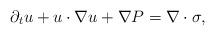
LaTeX: \begin{align*}\partial_t u+u\cdot\nabla u+\nabla P=\nabla\cdot\sigma,\end{align*}